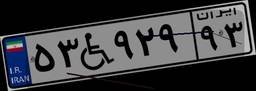
۵۳W۹۲۹۹۳